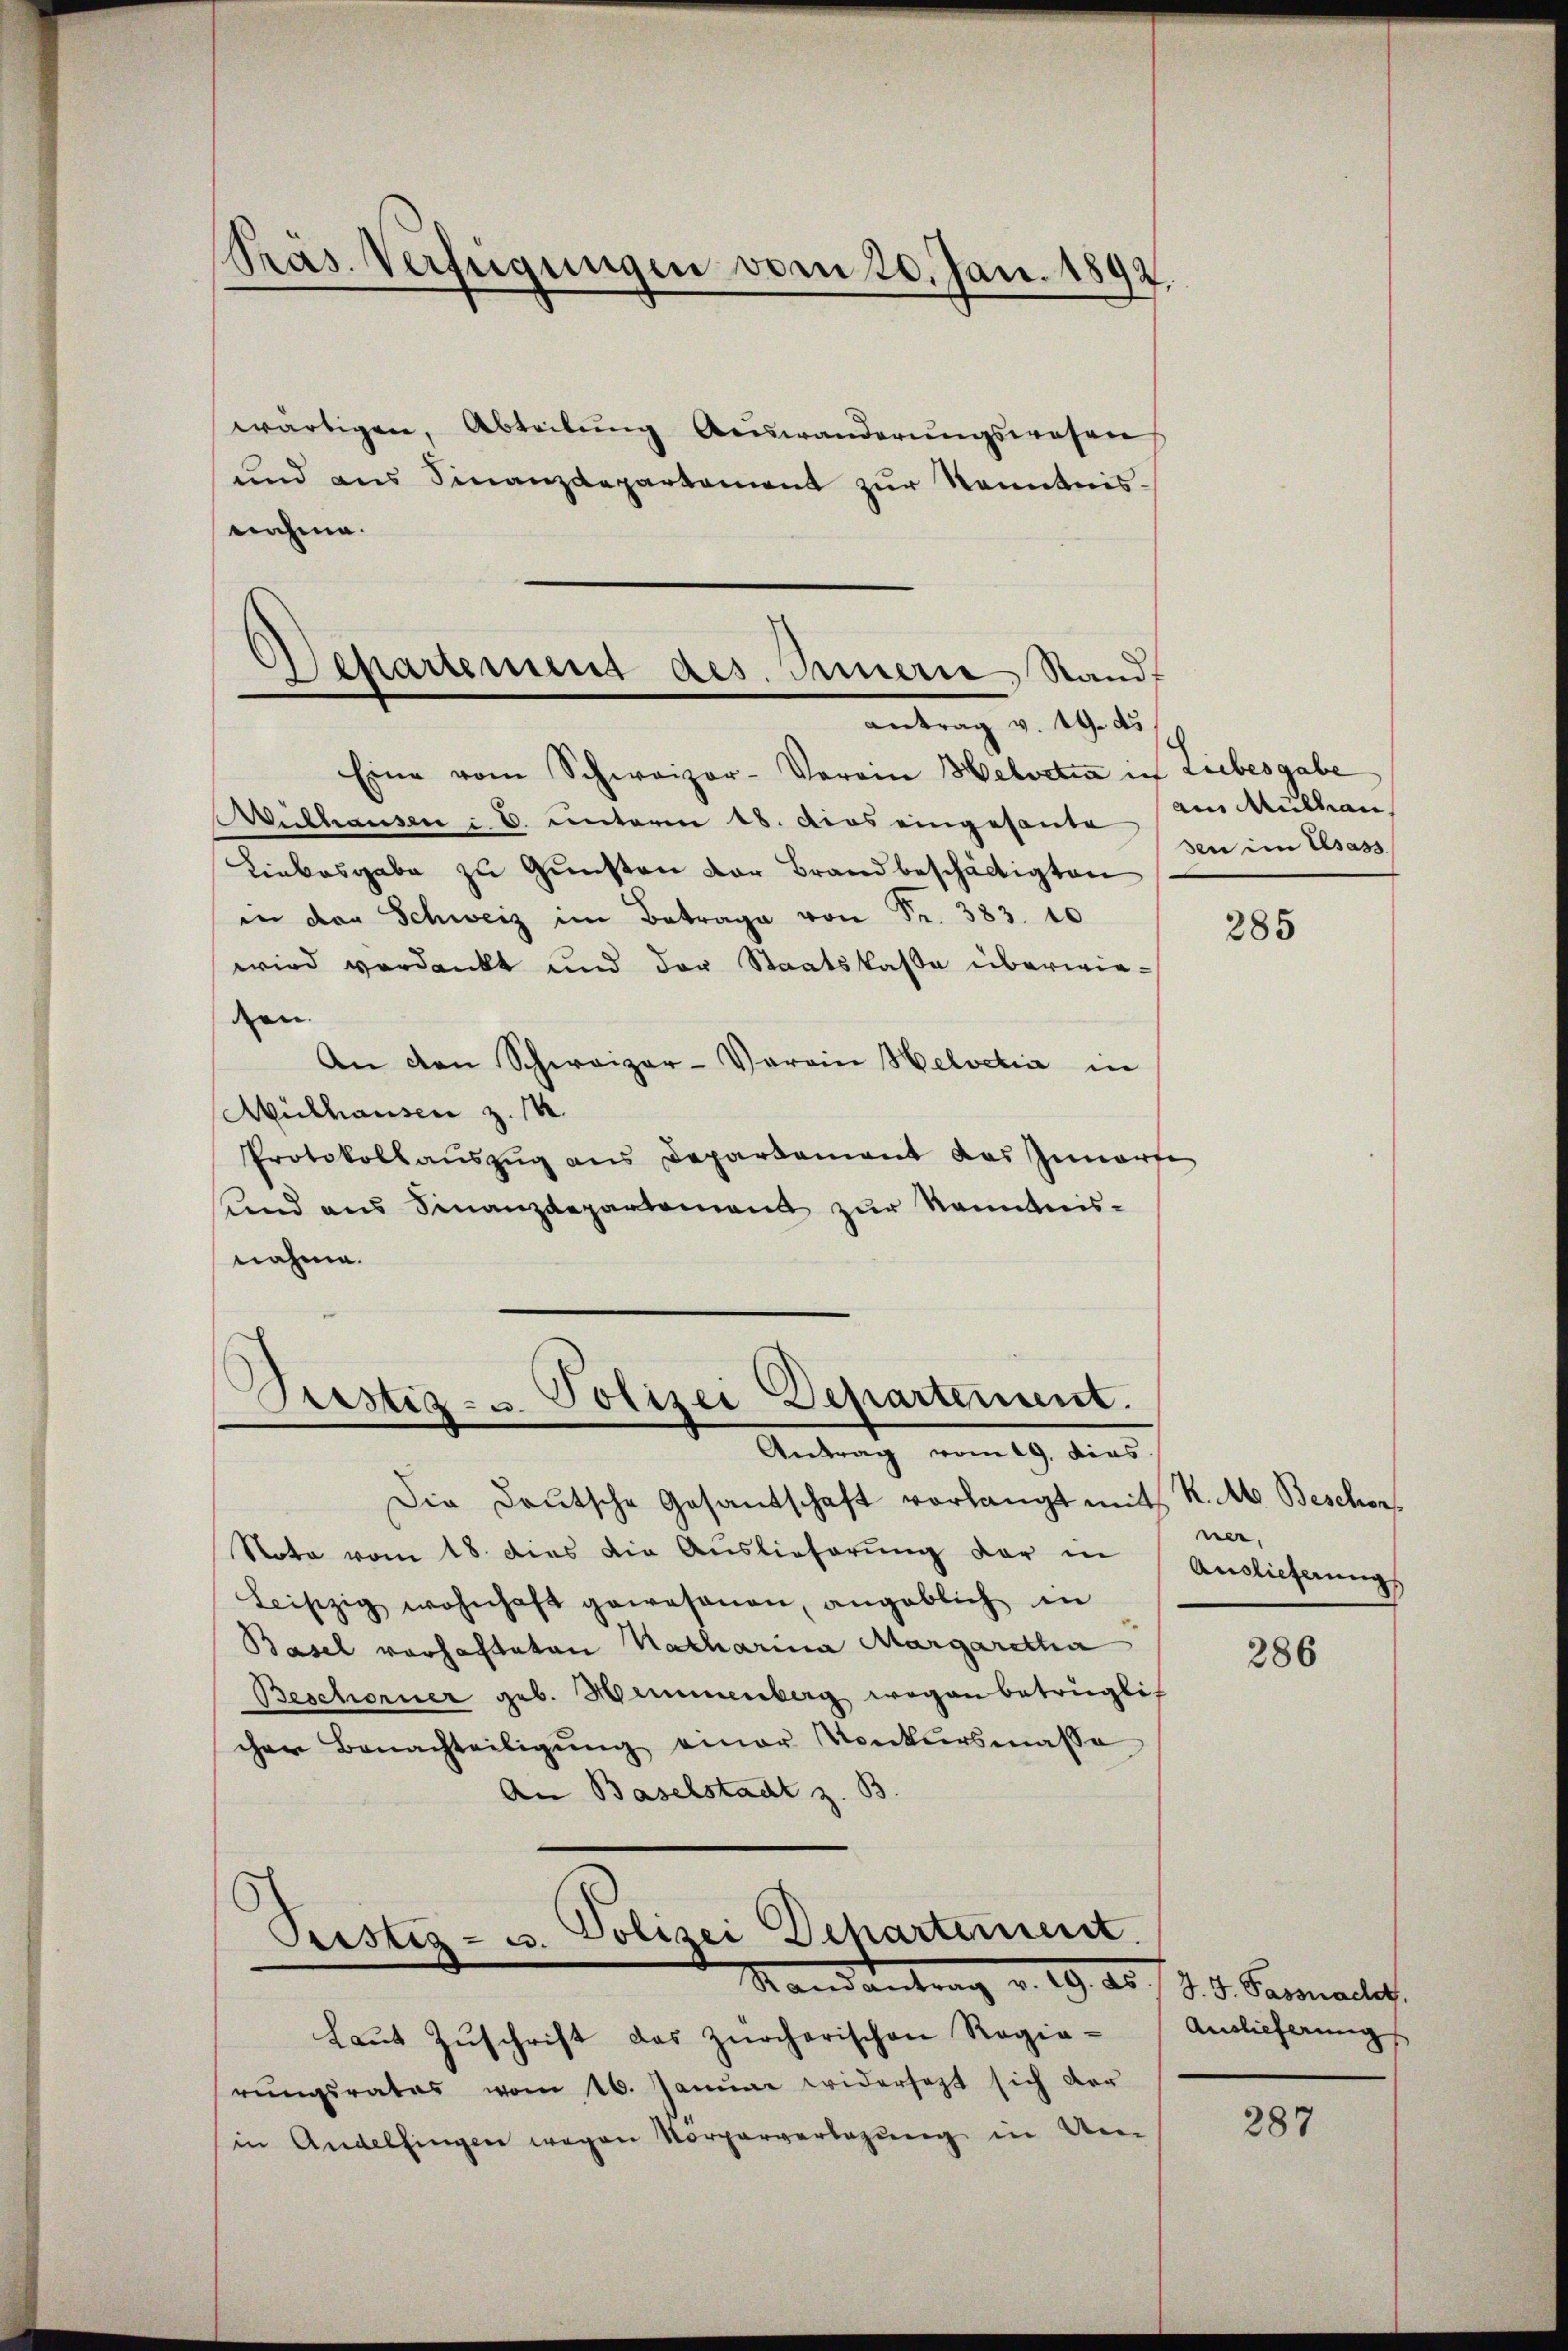
Präs. Verfügungen vom 20. Jan. 1892.
wärtigen, Abteilung Auswanderungswesen

und aus Finanzdepartement zur Kenntnis-
nahme.

)
Departement des Innerie Standt
antrag v. 19. ds

Eine vom Schweizer-Verein Helvetia in Liebesgabe
Wisthausen §. 6. unterm 18. dies eingesante
Liebesgabe zu Gunsten der Brand beschäftigten
in der Schweiz im Betrage von Fr. 383. 10
wird verdankt und der Staatskasse überwieden.
An den Schweizer-Verein Helvetia in
Mülhausen z. M.
Protokollaŭszŭg ans Departement das Innerte
und aus Finanzdepartement zur Kenntnis-
nahme.

.
Fristig- u. Polizei Departement.
Antrag vom 19. dies

Randantrag v. 19. d. 19. d. Savenanlas
Laŭt Zŭschrift das zürcherischen Regie-

Die Deutsche Gesantschaft vorlangt mit K. A. Beschon
Nota vom 18. dies die Auslieferŭng der in
Leipzig wohnhaft gewesenen, angeblich in
Basel vorhalteten Natharina Margaretha
Beschorner geb. Hammenberg wegen betrüglich
cher Benachteiligŭng einer Konkursmasse
An Baselstadt z. B.
Polizei Departement.
Sistiz- u.

ain Mullian
sen im Elsass

rŭngsrates vom 16. Janŭar widersetzt sich der
in Andelfingen wegen Vorparverlegung in Un-

285

ner,
Auslieferung

286

Ainlicherung

287